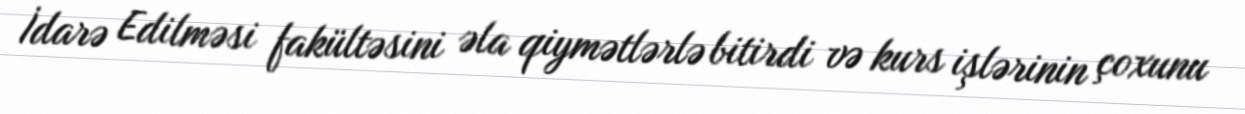
İdarə Edilməsi fakültəsini əla qiymətlərlə bitirdi və kurs işlərinin çoxunu